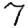
Digit: 7